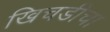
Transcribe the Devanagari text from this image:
खिचडीचा